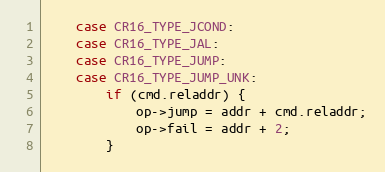
Language: C
	case CR16_TYPE_JCOND:
	case CR16_TYPE_JAL:
	case CR16_TYPE_JUMP:
	case CR16_TYPE_JUMP_UNK:
		if (cmd.reladdr) {
			op->jump = addr + cmd.reladdr;
			op->fail = addr + 2;
		}